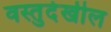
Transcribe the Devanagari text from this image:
वस्तुदेखील